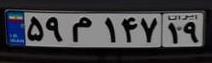
۵۹م۱۴۷۱۹